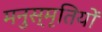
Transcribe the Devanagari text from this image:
मनुस्मृतियों